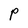
Character: P